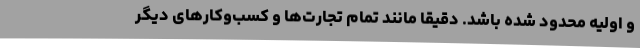
و اولیه محدود شده باشد. دقیقا مانند تمام تجارت‌ها و کسب‌و‌کارهای دیگر